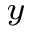
_ y